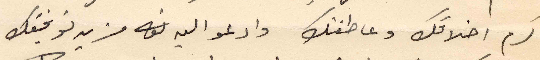
كرم اخلاقك وعاطفتك وادعو اليه مزيد توفيقك